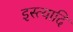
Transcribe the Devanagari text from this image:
इस्त्यादि